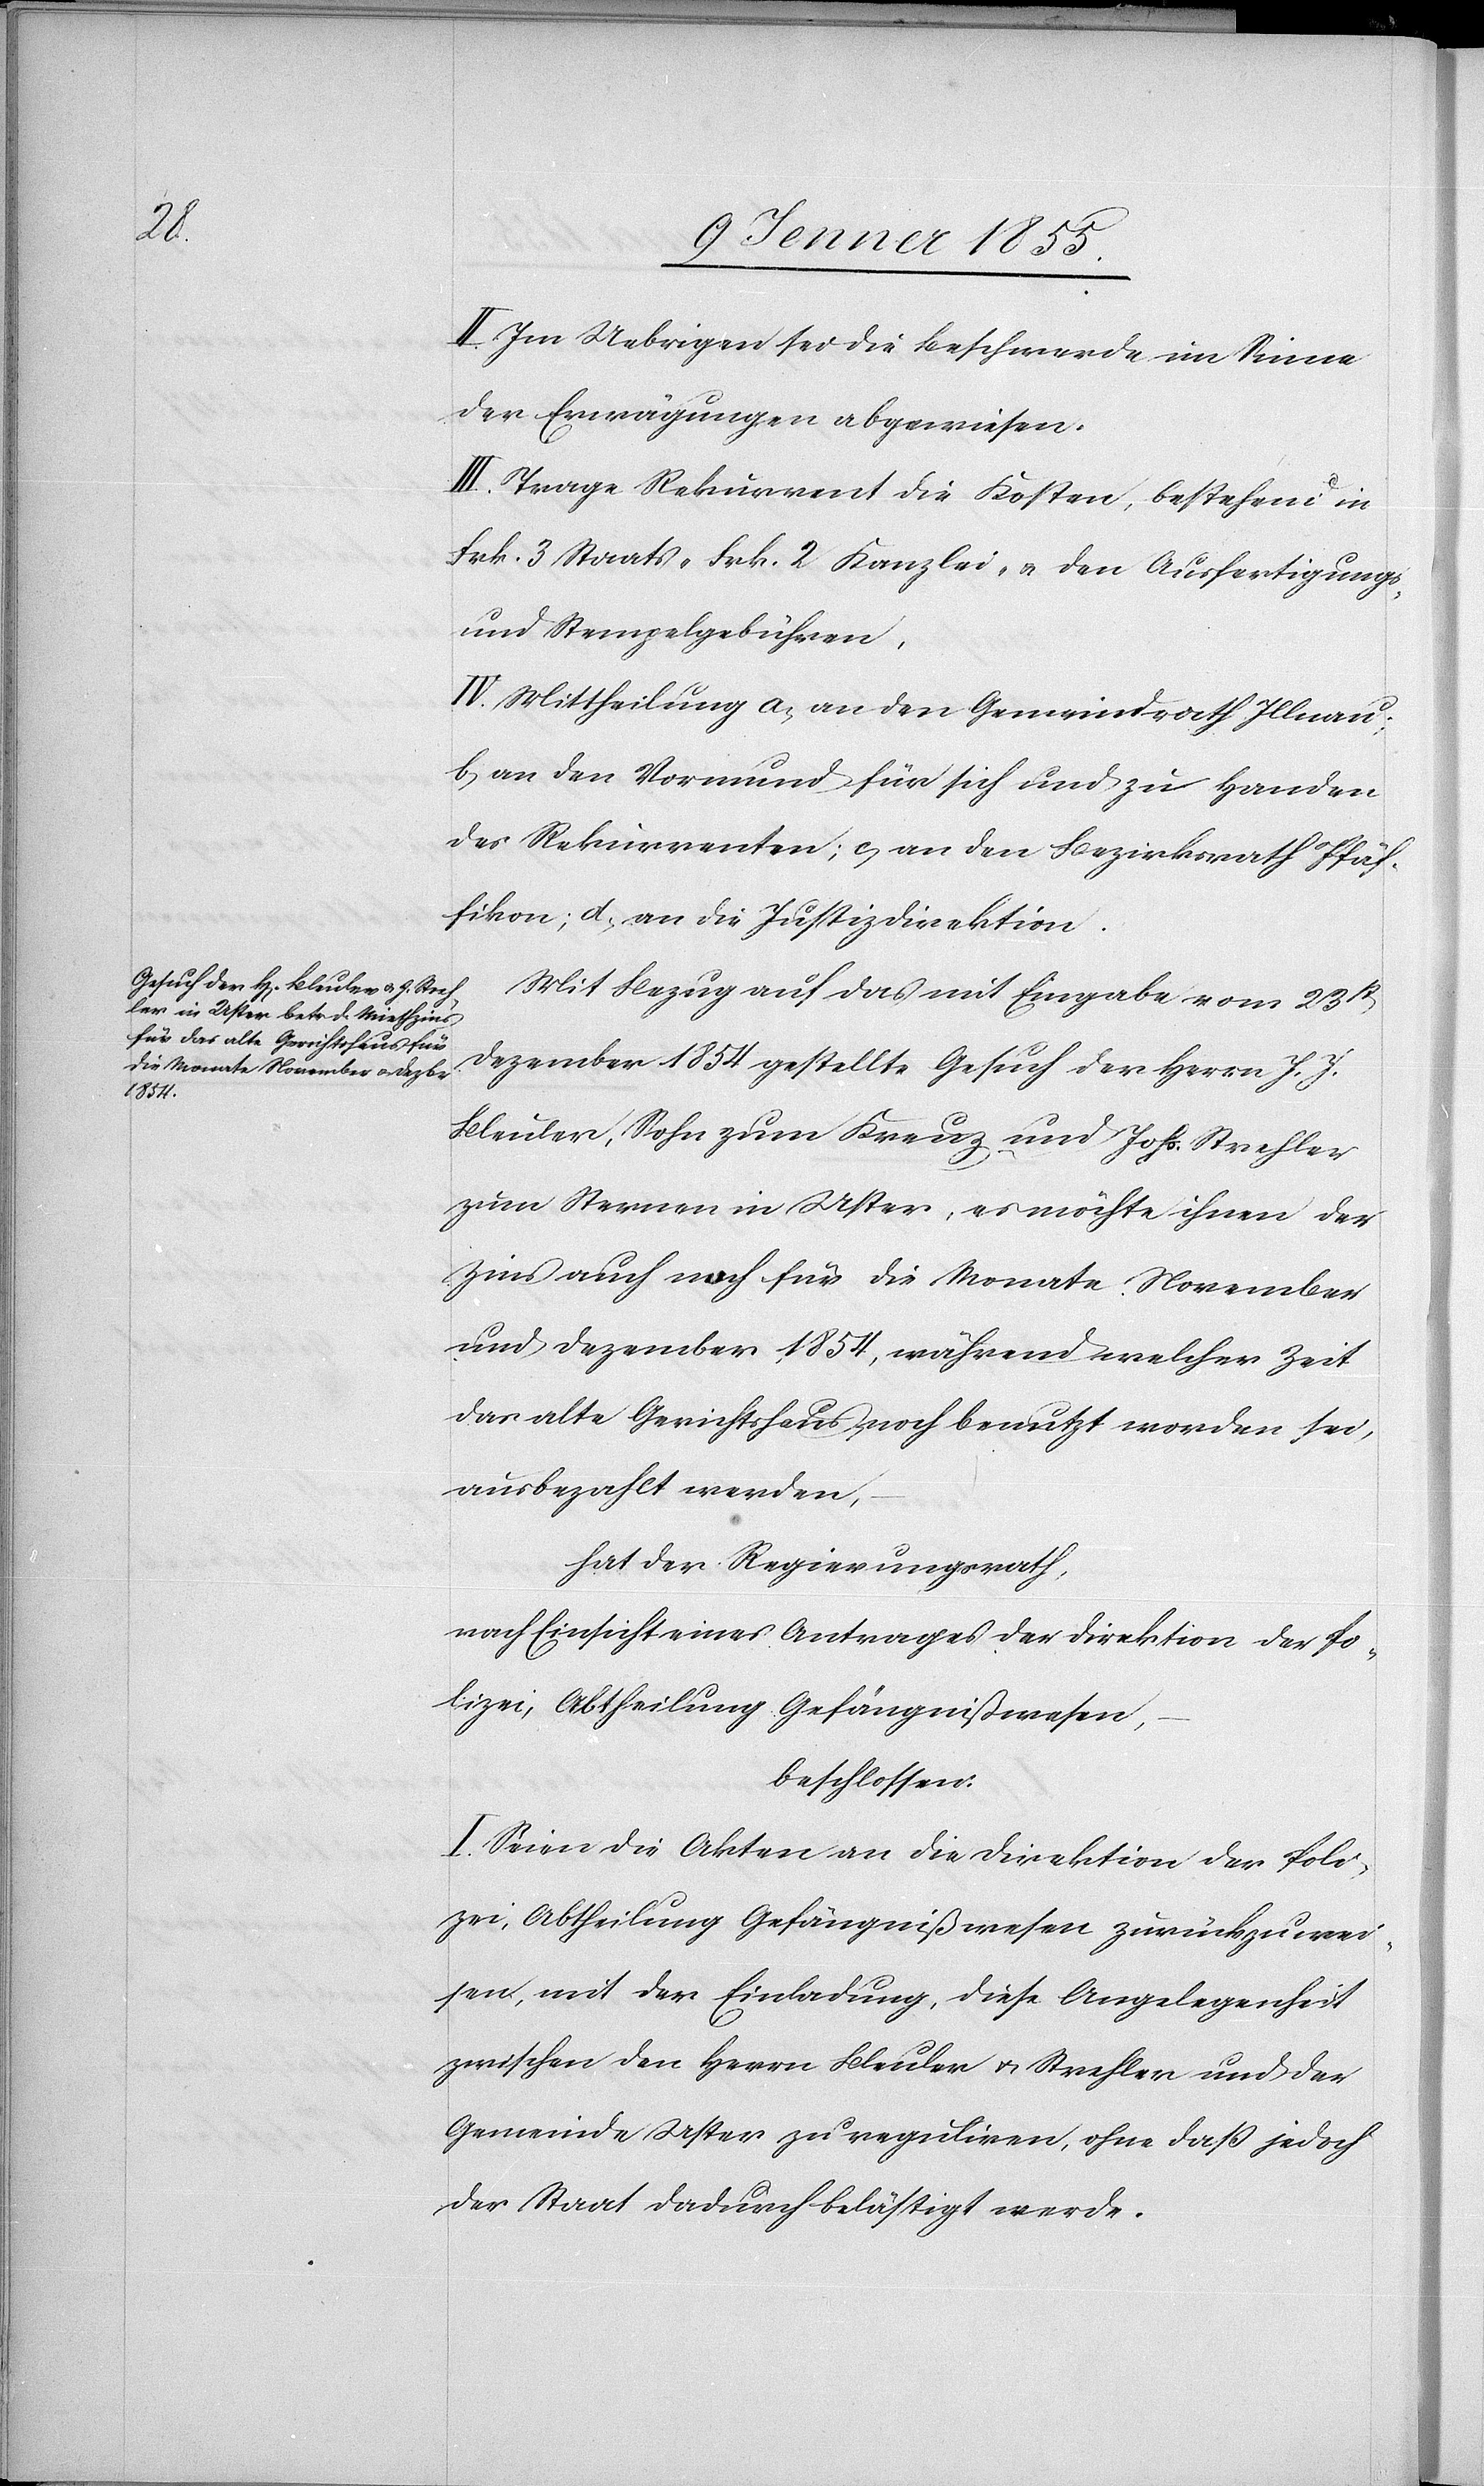
II. Im Uebrigen sei die Beschwerde im Sinne
der Erwägungen abgewiesen.
III. Trage Rekurrent die Kosten, bestehend in
Frk. 3 Staats-[,] Frk. 2 Kanzlei- & den Ausfertigungs-
und Stempelgebühren,
IV. Mittheilung a, an den Gemeindrath Illnau;
b, an den Vormund für sich und zu Handen
des Rekurrenten; c, an den Bezirksrath Pfäf¬
fikon; d, an die Justizdirektion.
Mit Bezug auf das mit Eingabe vom 23st[en]
Dezember 1854 gestellte Gesuch der Herrn J. J.
Bleuler, Sohn zum Kreuz und Johs. Strehler
zum Sternen in Uster, es möchte ihnen der
Zins auch noch für die Monate November
und Dezember 1854, während welcher Zeit
das alte Gerichtshaus noch benutzt worden sei,
ausbezahlt werden,
hat der Regierungsrath,
nach Einsicht eines Antrages der Direktion der Po¬
lizei, Abtheilung Gefängnißwesen,
beschlossen:
I. Seien die Akten an die Direktion der Poli¬
zei, Abtheilung Gefängnißwesen zurückzuwei¬
sen, mit der Einladung, diese Angelegenheit
zwischen den Herrn Bleuler & Strehler und der
Gemeinde Uster zu reguliren, ohne daß jedoch
der Staat dadurch belästigt werde.